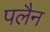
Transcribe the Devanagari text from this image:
पलैन